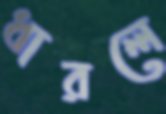
ধারলে